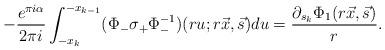
LaTeX: \begin{align*}-\frac{e^{\pi i \alpha}}{2\pi i} \int_{-x_{k}}^{-x_{k-1}}(\Phi_{-}\sigma_{+}\Phi_{-}^{-1})(ru;r\vec{x},\vec{s})du = \frac{\partial_{s_{k}}\Phi_{1}(r\vec{x},\vec{s})}{r}.\end{align*}